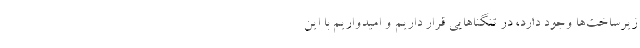
زیرساخت‌ها وجود دارد، در تنگناهایی قرار داریم و امیدواریم با این